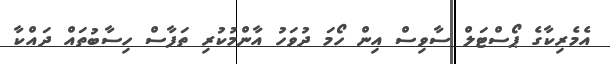
އެމެރިކާގެ ޕޯސްޓަލް ސާވިސް އިން ހޯމަ ދުވަހު އާންމުކުރި ތަފާސް ހިސާބުތައް ދައްކާ